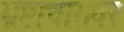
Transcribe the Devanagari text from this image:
भ्रष्टाचारावर